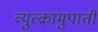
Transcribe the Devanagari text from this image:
व्युत्क्रामुपाती